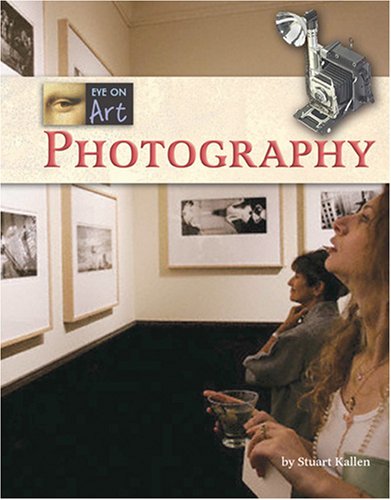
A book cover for Photography (Eye on Art); Stuart A. Kallen; Teen & Young Adult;